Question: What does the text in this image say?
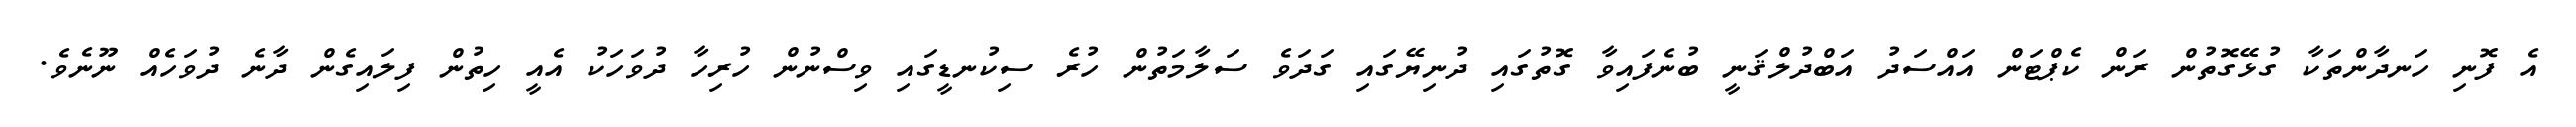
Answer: އެ ފޮނި ހަނދާންތަކާ ގުޅޭގޮތުން ރަން ކެޕްޓަން އައްސަދު އަބްދުލްޤަނީ ބުނެފައިވާ ގޮތުގައި ދުނިޔޭގައި ގަދަވެ ސަލާމަތުން ހުރެ ސިކުނޑީގައި ވިސްނުން ހުރިހާ ދުވަހަކު އެއީ ހިތުން ފިލައިގެން ދާނެ ދުވަހެއް ނޫނެވެ.